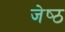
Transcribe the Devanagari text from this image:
जेष्‍ठ